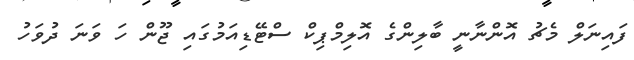
ފައިނަލް މެޗު އޮންނާނީ ބާލިންގެ އޮލިމްޕިކް ސްޓޭޑިއަމުގައި ޖޫން ހަ ވަނަ ދުވަހު